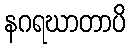
နဂရဃာတာပိ